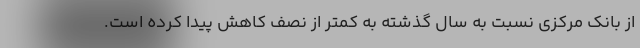
از بانک مرکزی نسبت به سال گذشته به کمتر از نصف کاهش پیدا کرده است.